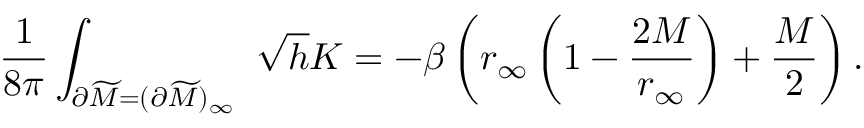
{ \frac { 1 } { 8 \pi } } \int _ { \partial \widetilde M = ( \partial \widetilde M ) _ { \infty } } \ \sqrt { h } K = - \beta \left( r _ { \infty } \left( 1 - { \frac { 2 M } { r _ { \infty } } } \right) + { \frac { M } { 2 } } \right) .